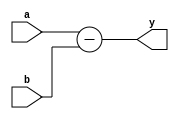
`timescale 1ns / 1ps
//////////////////////////////////////////////////////////////////////////////////
// Company: 
// Engineer: 
// 
// Design Name: 
// Module Name: ALUsus
// Project Name: 
// Target Devices: 
// Tool Versions: 
// Description: 
// 
// Dependencies: 
// 
// Revision:
// Revision 0.01 - File Created
// Additional Comments:
// 
//////////////////////////////////////////////////////////////////////////////////


module ALUsus(input [31:0]a,b,output [31:0]y);

    assign y = a-b;

endmodule